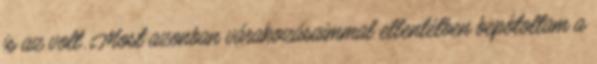
is az volt. Most azonban várakozásaimmal ellentétben bepótoltam a